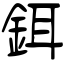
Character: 鉺